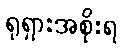
ရုရှားအစိုးရ